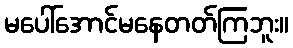
မပေါ်အောင်မနေတတ်ကြဘူး။